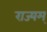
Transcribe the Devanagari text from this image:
राज्यम्